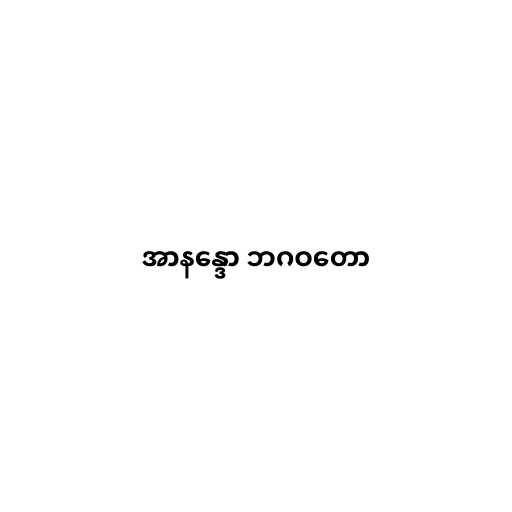
အာနန္ဒော ဘဂဝတော